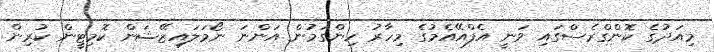
މިއަދުގެ ކޮންގްރެސްގައި ވަނީ އެފްއޭއެމުގެ މިހާރު ހިންގަމުން އަންނަ ނޯމަލައިޒޭޝަން ކޮމިޓީން ކުރިން